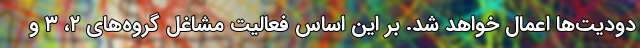
دودیت‌ها اعمال خواهد شد. بر این اساس فعالیت مشاغل گروه‌های ۲، ۳ و